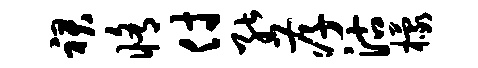
裙修付能孝沽檬